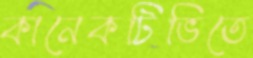
কানেকটিভিতে